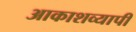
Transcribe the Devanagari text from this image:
आकाशव्यापी